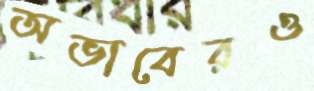
অভাবেরও